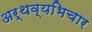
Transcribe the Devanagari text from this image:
अर्थव्यभिचार